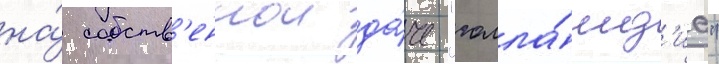
на́ собств'еннои да́че "голла́нд'иа"